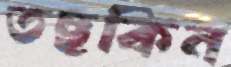
তছকিন